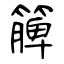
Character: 簲